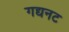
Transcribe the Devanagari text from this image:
गद्यनट